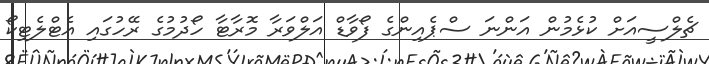
ޗެލްސީއަށް ކުޅެމުން އަންނަ ސްޕެއިންގެ ފޯވާޑް އަލްވަރާ މޮރާޓާ ހޯދުމުގެ ރޭހުގައި އެޓްލެޓިކޯ